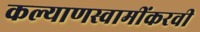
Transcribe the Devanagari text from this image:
कल्याणस्वामींकरवी